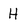
Character: H